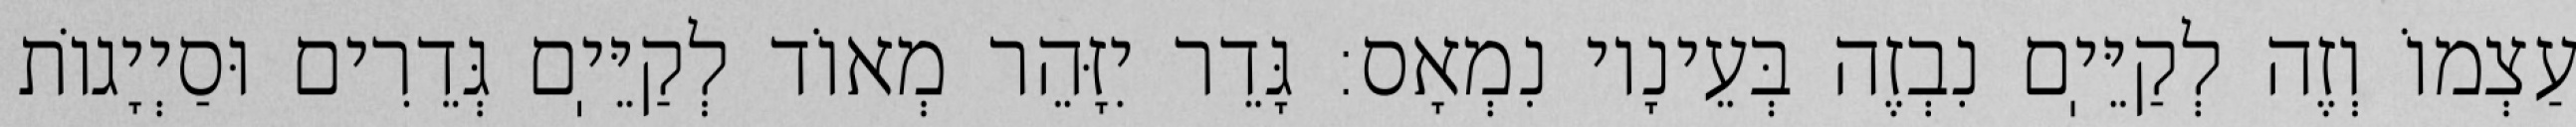
עַצְמוֹ וְזֶה לְקַיֵּיֽם נִבְזֶה בְּעֵינָיו נִמְאָס: גָּדֵר יִזָּהֵר מְאוֹד לְקַיֵּיֽם גְּדֵרִים וּסַיְיָגוֹת